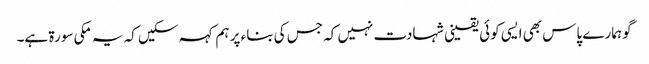
گو ہمارے پاس بھی ایسی کوئی یقینی شہادت نہیں کہ جس کی بناء پر ہم کہہ سکیں کہ یہ مکی سورۃ ہے۔